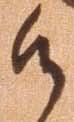
候